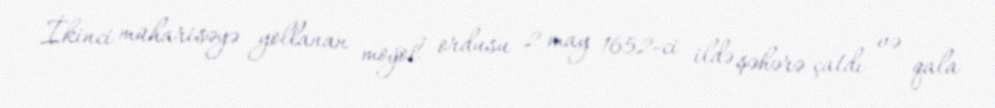
İkinci müharisəyə yollanan moğol ordusu 2 may 1652-ci ildə şəhərə çatdı və qala